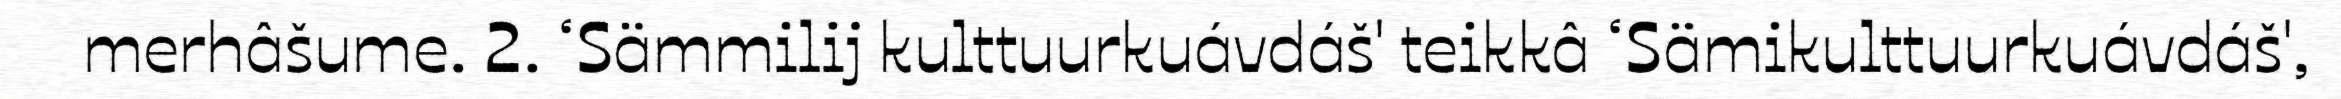
merhâšume. 2. ‘Sämmilij kulttuurkuávdáš' teikkâ ‘Sämikulttuurkuávdáš',